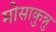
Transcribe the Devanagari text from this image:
मोसाकुन्नु